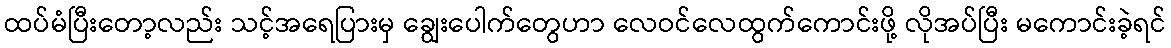
ထပ်မံပြီးတော့လည်း သင့်အရေပြားမှ ချွေးပေါက်တွေဟာ လေဝင်လေထွက်ကောင်းဖို့ လိုအပ်ပြီး မကောင်းခဲ့ရင်